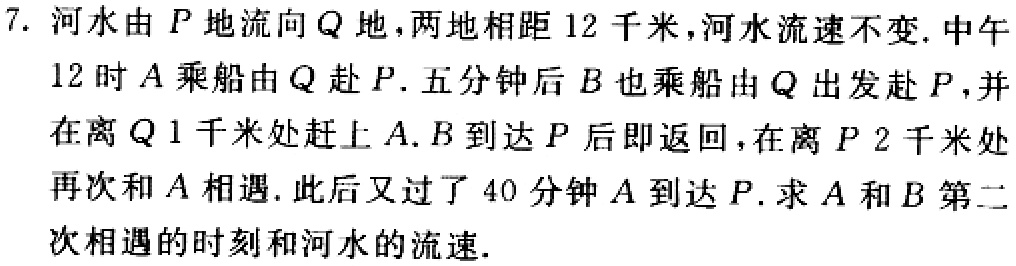
7. 河水由 \(P\) 地流向 \(Q\) 地，两地相距 \(12\) 千米，河水流速不变. 中午12时 \(A\) 乘船由 \(Q\) 赴 \(P\). 五分钟后 \(B\) 也乘船由 \(Q\) 出发赴 \(P\)，并在离 \(Q\) \(1\) 千米处赶上 \(A\). \(B\) 到达 \(P\) 后即返回，在离 \(P\) \(2\) 千米处再次和 \(A\) 相遇. 此后又过了 \(40\) 分钟 \(A\) 到达 \(P\). 求 \(A\) 和 \(B\) 第二次相遇的时刻和河水的流速.